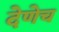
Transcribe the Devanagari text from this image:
देणेच